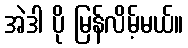
အဲဒါ ပို မြန်လိမ့်မယ်။